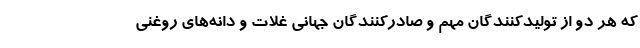
که هر دو از تولیدکنندگان مهم و صادرکنندگان جهانی غلات و دانه‌های روغنی